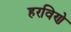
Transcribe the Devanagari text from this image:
हरविणे